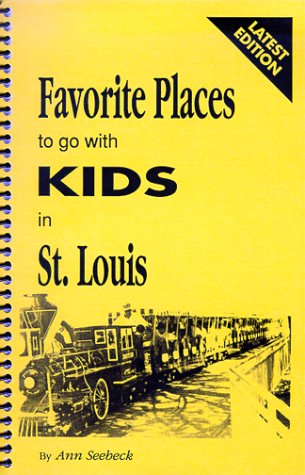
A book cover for Favorite Places to Go With Kids in St. Louis; Ann Seebeck; Travel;